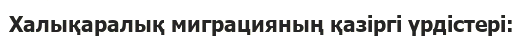
Халықаралық миграцияның қазіргі үрдістері: